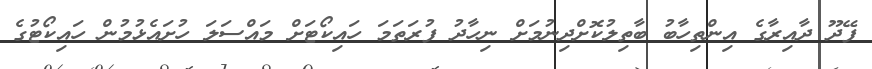
ފޭދޫ ދާއިރާގެ އިންތިހާބު ބާތިލުކޮށްދިނުމަށް ނިހާދު ފުރަތަމަ ހައިކޯޓަށް މައްސަލަ ހުށައެޅުމުން ހައިކޯޓުގެ